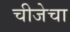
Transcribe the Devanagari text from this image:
चीजेचा